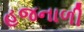
હજનાળી